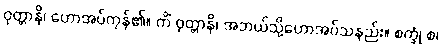
ဝုတ္တာနိ၊ ဟောအပ်ကုန်၏။ ကိံ ဝုတ္တာနိ၊ အဘယ်သို့ဟောအပ်သနည်း။ စက္ခုံ စ၊